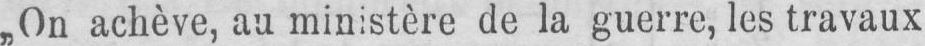
„On achève, au ministère de la guerre, les travaux